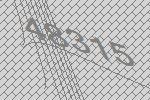
48315